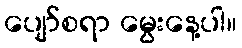
ပျော်စရာ မွေးနေ့ပါ။